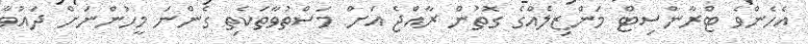
އެހެންވެ ޓްރާންސިޓް މަންޒިލެއްގެ ގޮތުން ރާއްޖެ އަށް މަސްތުވާތަކެތި ގެންނަ މީހުންނަށް ދައުވާ